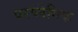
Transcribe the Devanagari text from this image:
परप्लेगिक